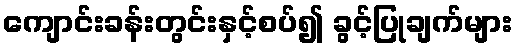
ကျောင်းခန်းတွင်းနှင့်စပ်၍ ခွင့်ပြုချက်များ